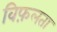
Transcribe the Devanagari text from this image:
विफ़लता